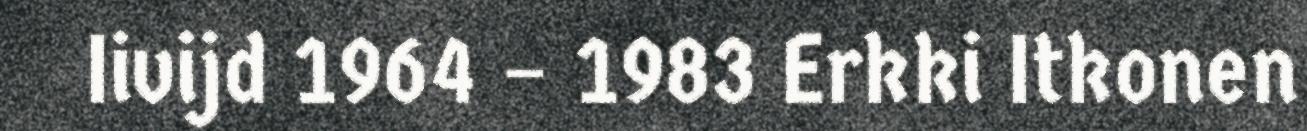
Iivijd 1964 – 1983 Erkki Itkonen